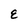
Character: E